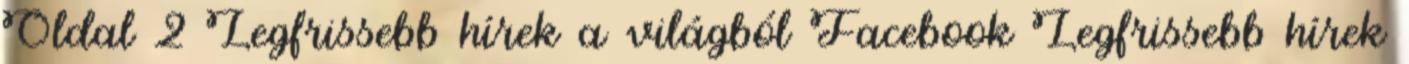
Oldal 2 Legfrissebb hírek a világból Facebook Legfrissebb hírek